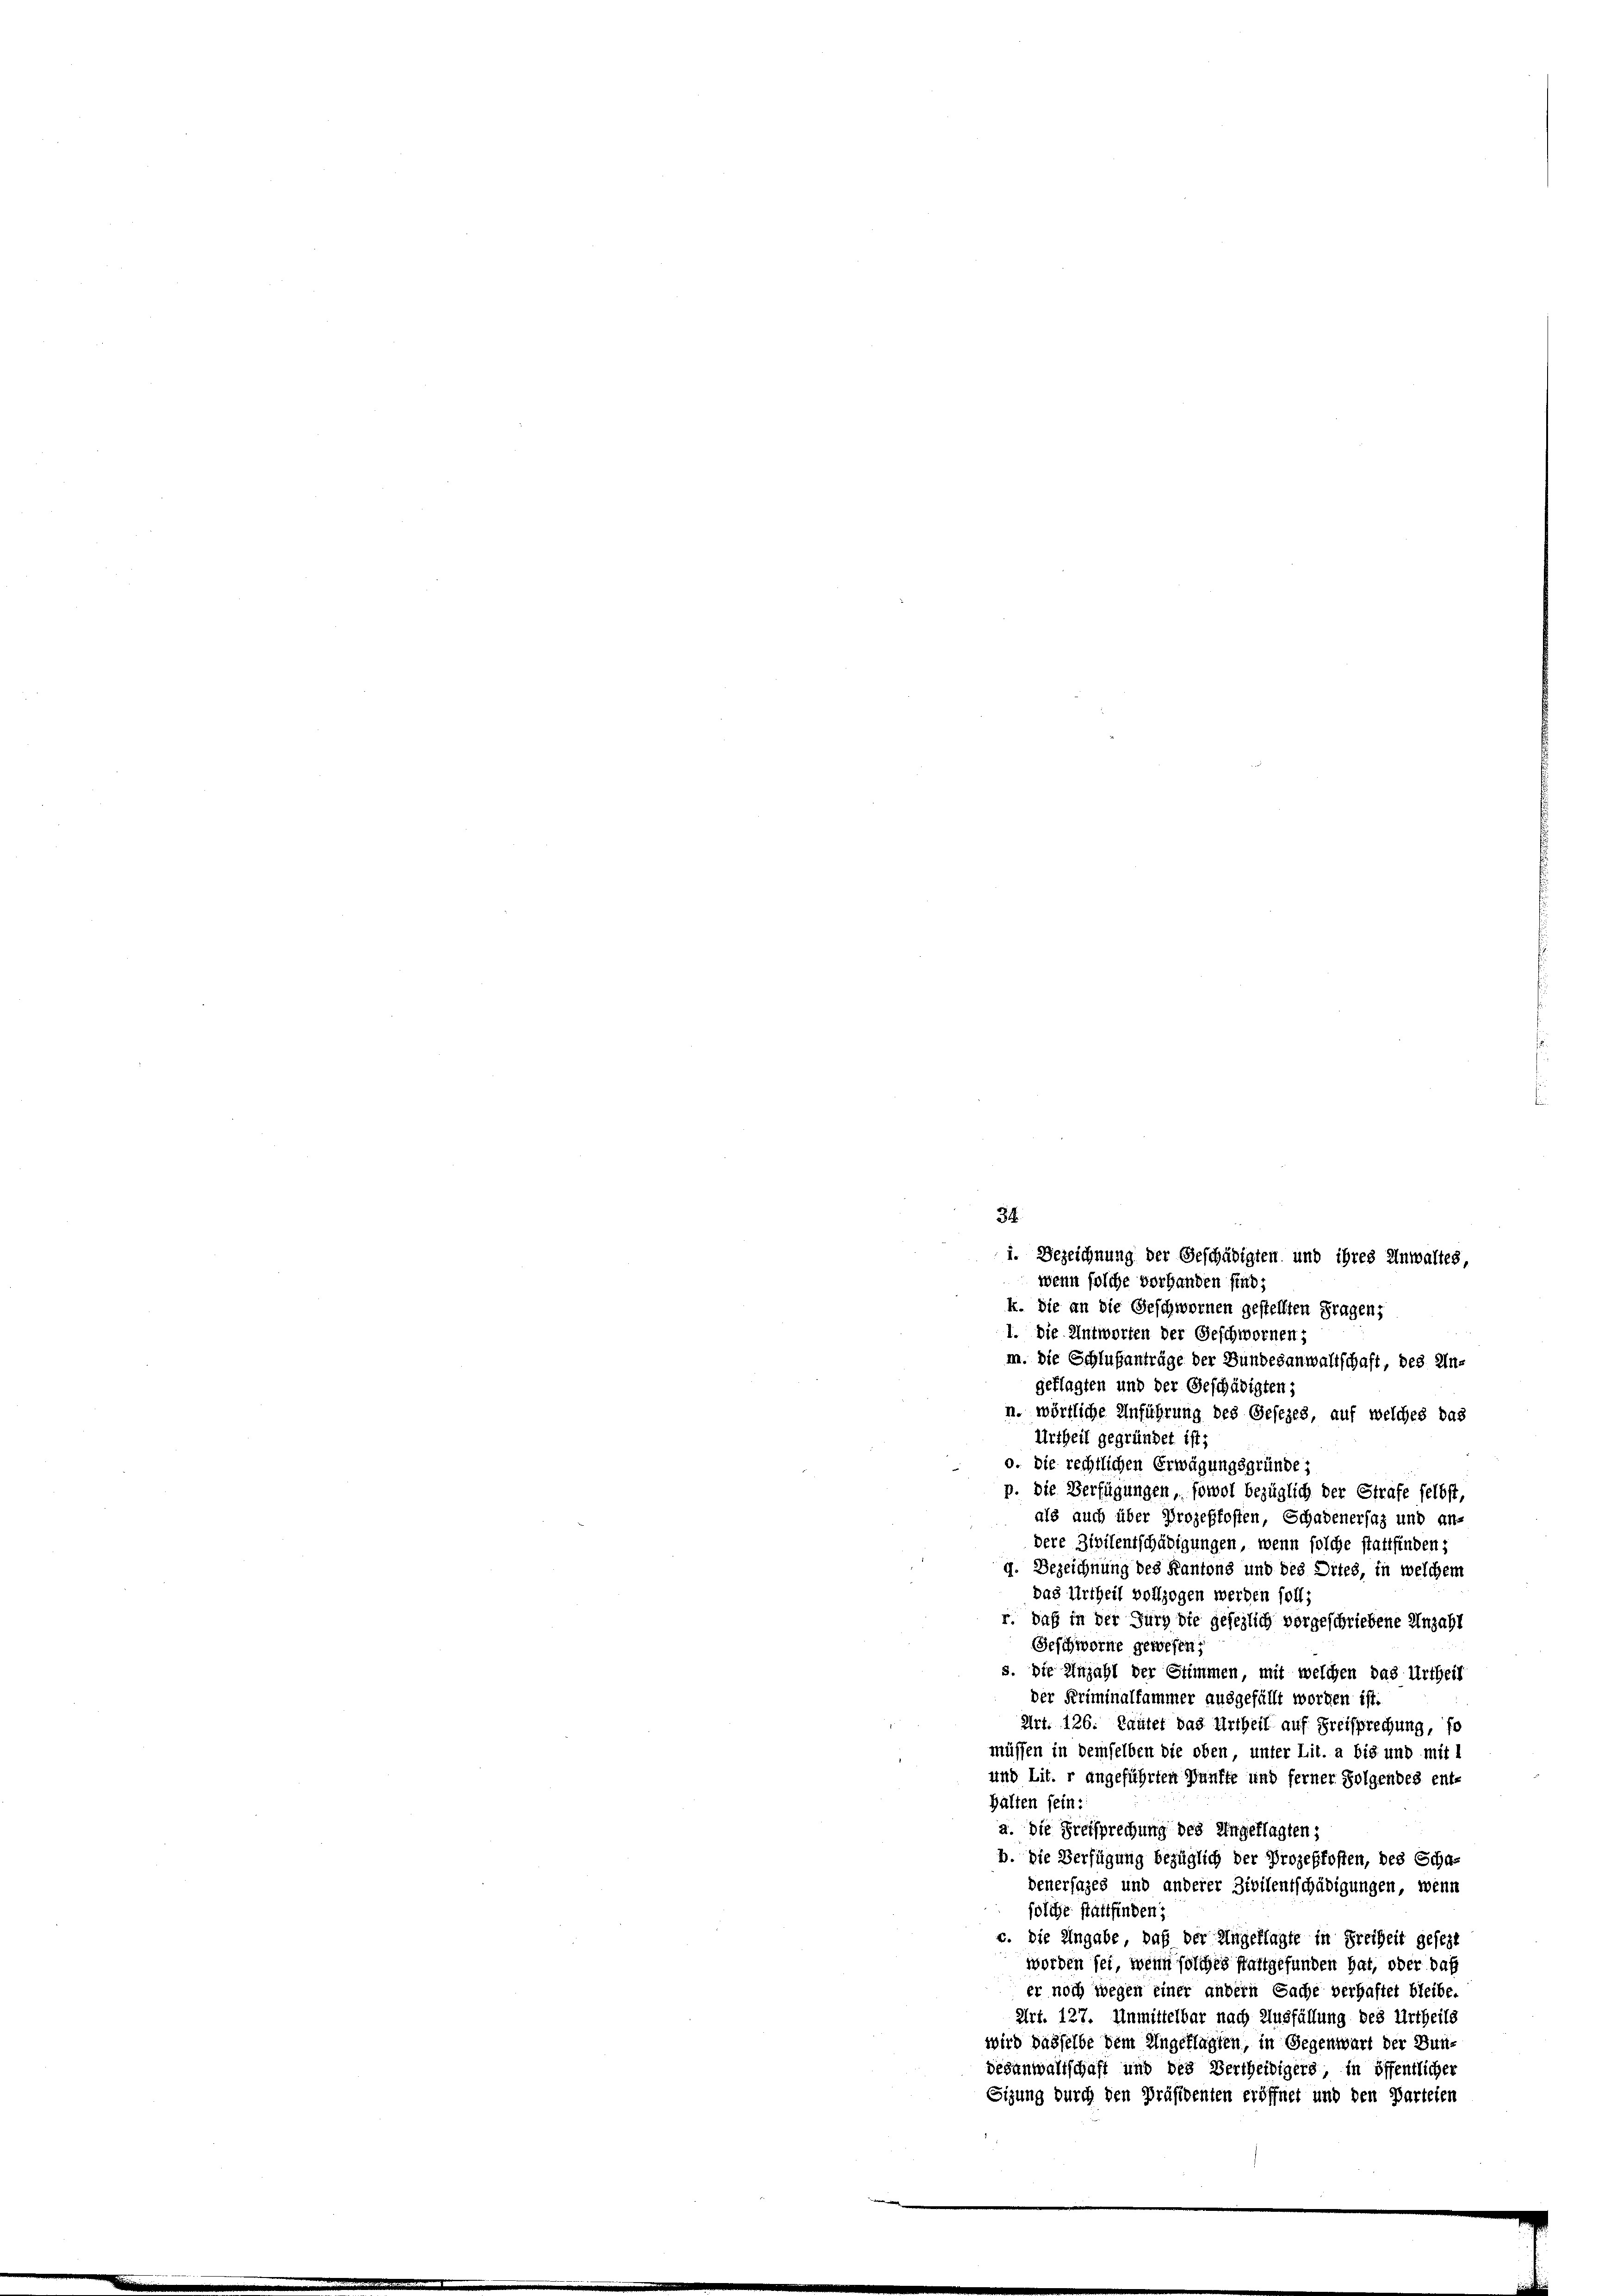
i. Bezeichnung der Geschädigten und ihres Anwaltes,
wenn solche vorhanden sind;
k. Sie an die Geschwornen gestellten Fragen,
1. Die Antworten der Geschwornen;
m. Die Schlußanträge der Bundesanwaltschaft, des Un-
geflagten und der Geschädigten;
n. wörtliche Anführung des Gesezes, auf welches das
Urtheil gegründet ist;
o. die rechtlichen Erwägungsgründe;
p. die Verfügungen, sowol bezüglich der Strafe selbst,
als auch über Prozeßkosten, Schadenersaz und an-
dere Zivilentschädigungen, wenn solche stattfinden;
g. Bezeichnung des Kantons und des Dites, in welchem
das Urtheil vollzogen werden soll;
r. daß in der Furg die gesezlich vorgeschriebene Anzahl
Geschworne gewesen;
s. die Anzahl der Stimmen, mit welchen das Urtheil
der Kriminalfammer ausgefällt worden ist.
Art. 126. Lauter das Urtheil auf Freisprechung, so
müssen in demselben die oben unter Lit. a bis und mit 1
und Lit. r angeführten Pünfte und ferner Folgendes ent-
halten sein:
a. Die Freisprechung des Angeklagten;
b. Die Verfügung bezüglich der Prozeßfosten, des Scha-
denersages und anderer Zivilentschädigungen, wenn
olche stattfinden;
c. Die Angabe, daß der Angeklagte in Freiheit gesezt
worden sei, wenn solches stattgefunden hat, oder das
er noch wegen einer andern Sache verhaftet bleibe.
Art. 127. Unmittelbar nach Ausfüllung des Urtheils
wird dasselbe dem Ungeklagten, in Gegenwart der Bun¬
Gesanwaltschaft und des Bertheidigers, in öffentlicher
Sizung durch den Präsidenten eröffnet und den Parteien

34.